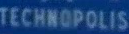
TECHNOPOLIS